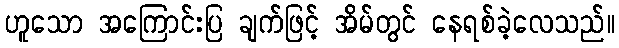
ဟူသော အကြောင်းပြ ချက်ဖြင့် အိမ်တွင် နေရစ်ခဲ့လေသည်။